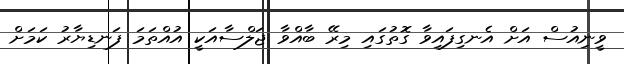
ވީނިއުސް އަށް އެނގިފައިވާ ގޮތުގައި މިރޭ ބާއްވާ ޖަލްސާއަކީ އުއްތަމަ ފަނޑިޔާރު ކަމަށް